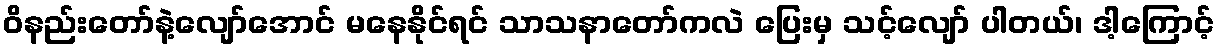
ဝိနည်းတော်နဲ့လျော်အောင် မနေနိုင်ရင် သာသနာတော်ကလဲ ပြေးမှ သင့်လျော် ပါတယ်၊ ဒါ့ကြောင့်